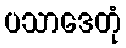
ပသာဒေတုံ